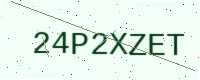
Text: 24P2XZET